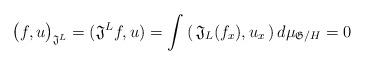
LaTeX: \begin{align*}\big(f, u \big)_{\mathfrak{J}^L} = (\mathfrak{J}^L f, u) = \int \, (\, \mathfrak{J}_L (f_x ), u_x \,) \, d\mu_{\mathfrak{G}/H} = 0\end{align*}